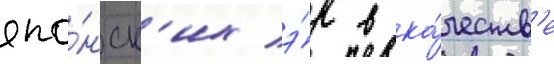
япо́нск'их э́р в ка́честв'е